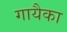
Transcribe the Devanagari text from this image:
गायैका